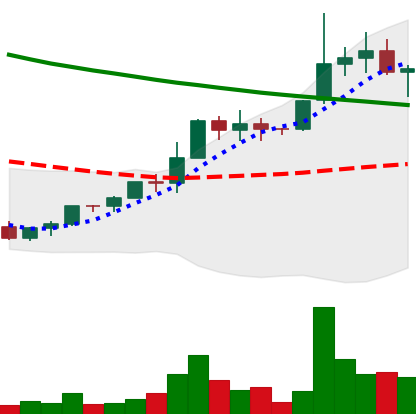
Ticker: EOS-USD
Chart end date: 2022-04-01
Forward return: -14.469%
Label: down_7plus